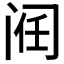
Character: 𲈻